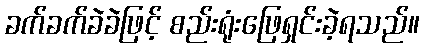
ခက်ခက်ခဲခဲဖြင့် စည်းရုံးဖြေရှင်းခဲ့ရသည်။